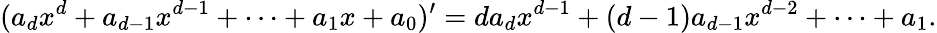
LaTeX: (a_{d}x^{d}+a_{d-1}x^{d-1}+\cdots+a_{1}x+a_{0})^{\prime}=da_{d}x^{d-1}+(d-1)a_{d-1}x^{d-2}+\cdots+a_{1}.